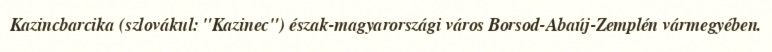
Kazincbarcika (szlovákul: "Kazinec") észak-magyarországi város Borsod-Abaúj-Zemplén vármegyében.